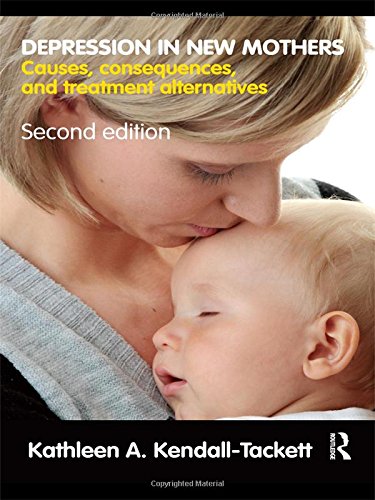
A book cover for Depression in New Mothers: Causes, Consequences, and Treatment Alternatives; Kathleen A. Kendall-Tackett; Medical Books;